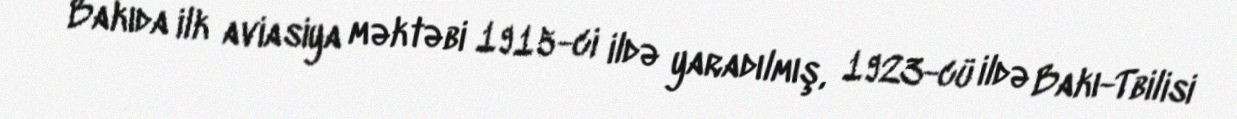
Bakıda ilk aviasiya məktəbi 1915-ci ildə yaradılmış, 1923-cü ildə Bakı-Tbilisi